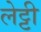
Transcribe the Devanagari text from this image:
लेट्टी